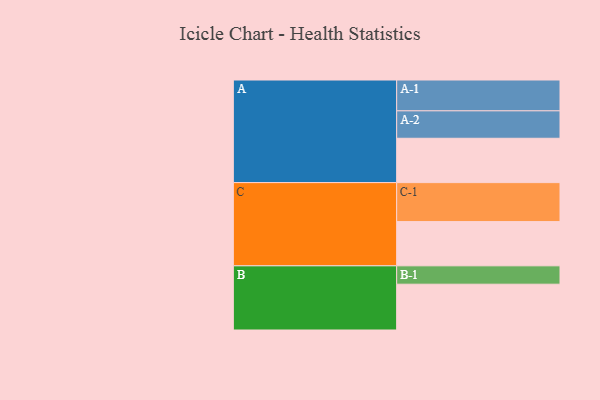
{"axis": {"x": "Segment", "y": "Value"}, "legend": ["", "A", "B", "C"], "data": [{"x": "A", "y": 338, "type": ""}, {"x": "B", "y": 349, "type": ""}, {"x": "C", "y": 337, "type": ""}, {"x": "A-1", "y": 235, "type": "A"}, {"x": "A-2", "y": 209, "type": "A"}, {"x": "B-1", "y": 140, "type": "B"}, {"x": "C-1", "y": 297, "type": "C"}]}